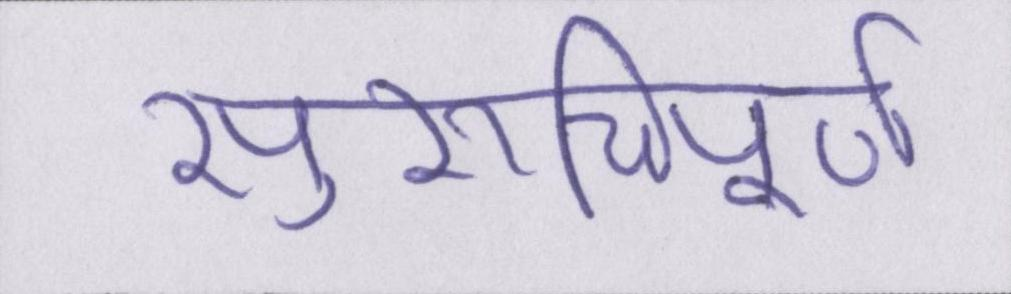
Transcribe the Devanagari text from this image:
सुरुचिपूर्ण